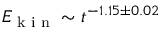
E _ { \textrm { k i n } } \sim t ^ { - 1 . 1 5 \pm 0 . 0 2 }